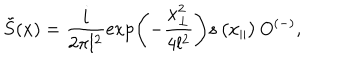
\tilde { S } ( x ) = \frac { i } { 2 \pi l ^ { 2 } } \exp \left( - \frac { x _ { \perp } ^ { 2 } } { 4 l ^ { 2 } } \right) s \left( x _ { \parallel } \right) O ^ { ( - ) } ,